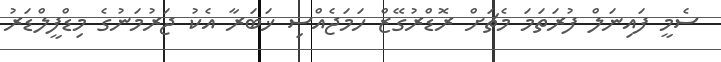
ސެމީ ފައިނަލް ފުރަތަމަ މެޗަށް ރޮޑްރުގޭޒް ހަމަޖެއްސި ޚަބަރާ އެކު ޖަރުމަނުގެ މިޑްފީލްޑަރު